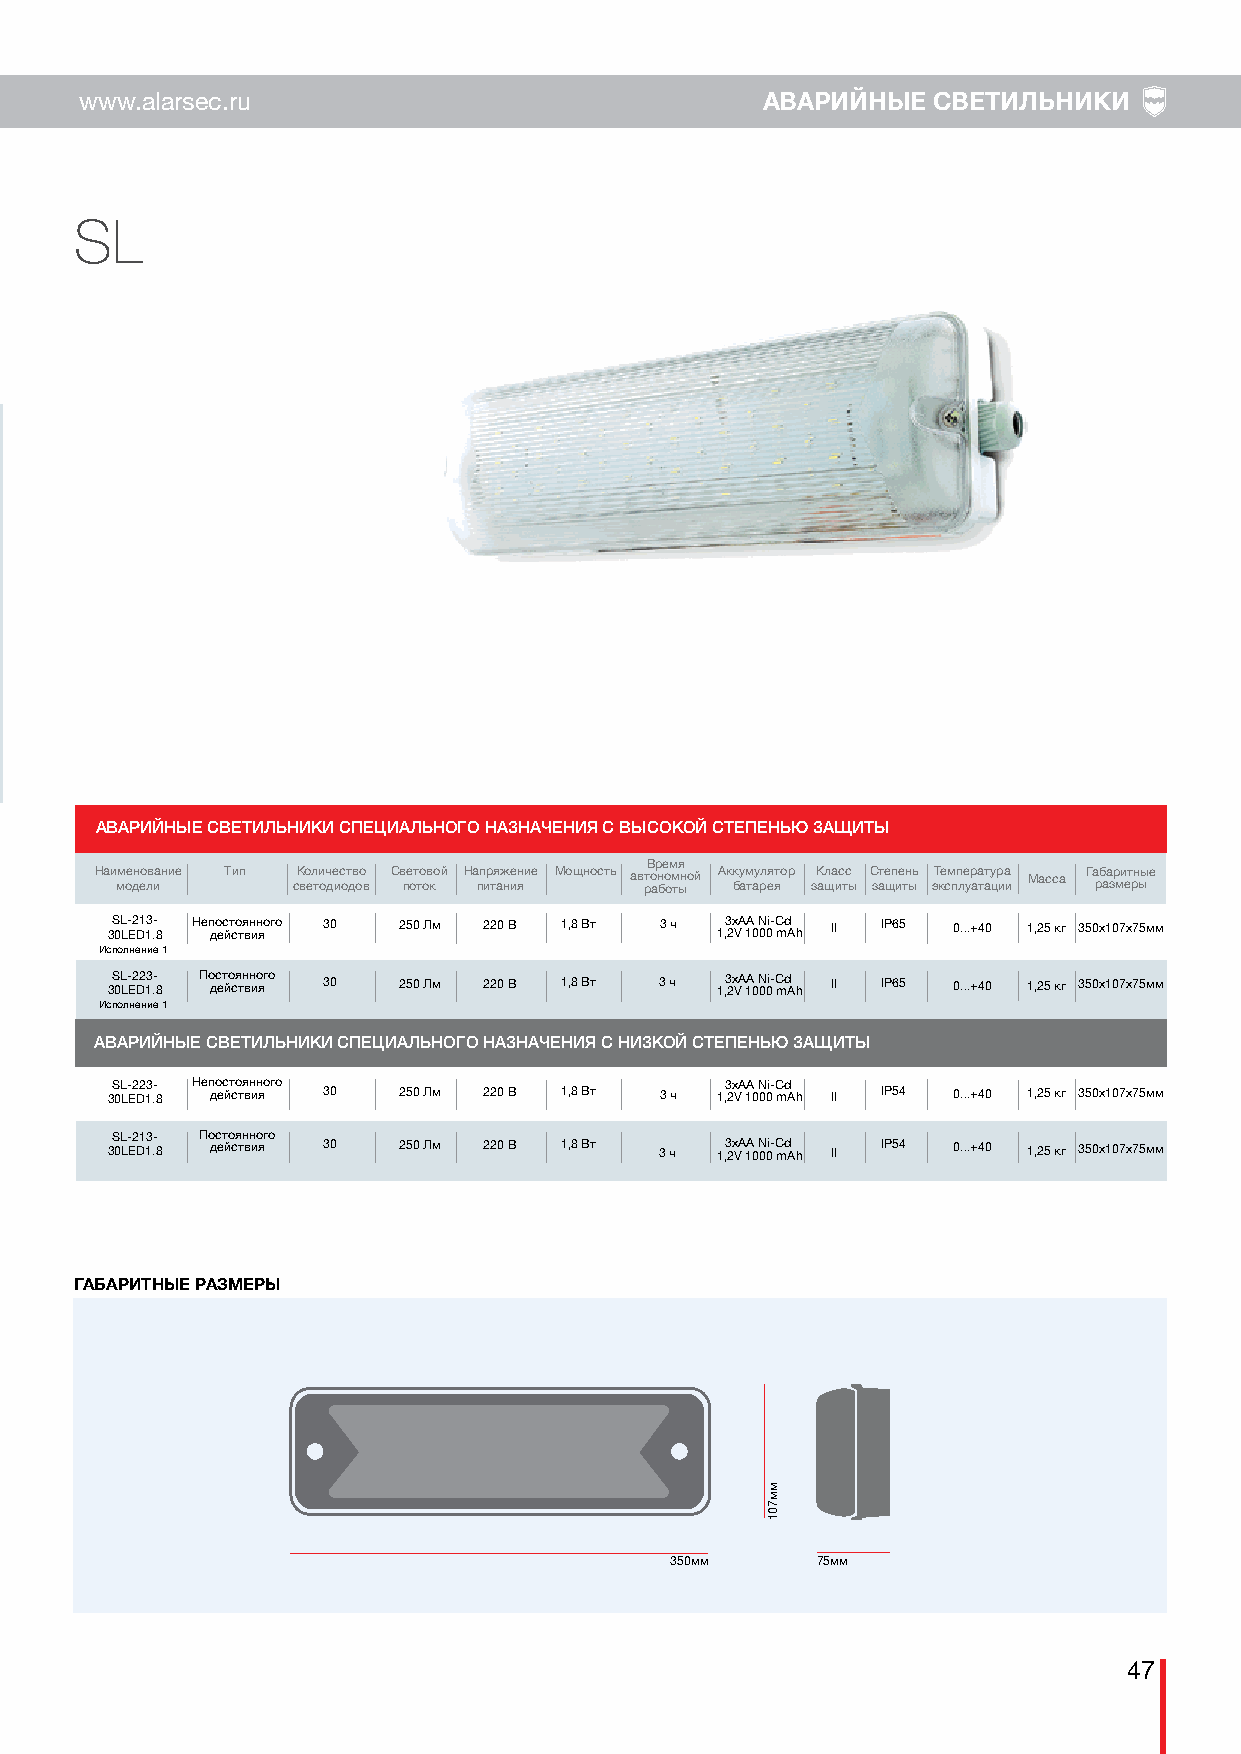
www.alarsec.ru                               АВАРИЙНЫЕ   СВЕТИЛЬНИКИ
 SL
 АВАРИЙНЫЕ СВЕТИЛЬНИКИ СПЕЦИАЛЬНОГО НАЗНАЧЕНИЯ С ВЫСОКОЙ СТЕПЕНЬЮ ЗАЩИТЫ
 Время
 Наи мм ое дн ео лв иание Тип сК во ел ти оч де ис от дв оо
 в
 Св пе от то ов ко й На пп ир тя аж не ин яи е Мощность авт ро ан бо ом тыной Ак бку ам тау рл ея ятор зК ащла ис тс
 ы
 С зате щп ие тн ыь эТ ке см пп ле ур аа тт ау цр иа
 и
 Масса Га рб аа зр ми ет рн ыые
 3S 0L L- E2 D1 13 .- 8 Неп до ес йт со тя вн ин яого 30 250 Лм 220 В 1,8 Вт 3 ч 1,3 2х VА 1А 0 N 00i- C md Ah II IP65 0...+40 1,25 кг 350х107х75мм
 Исполнение 1
 3S 0L L- E2 D2 13 .- 8 По дс ет йо ся тн вн ио яго 30 250 Лм 220 В 1,8 Вт 3 ч 1,3 2х VА 1А 0 N 00i- C md Ah II IP65 0...+40 1,25 кг 350х107х75мм
 Исполнение 1
 АВАРИЙНЫЕ СВЕТИЛЬНИКИ СПЕЦИАЛЬНОГО НАЗНАЧЕНИЯ С НИЗКОЙ СТЕПЕНЬЮ ЗАЩИТЫ
 3S 0L L- E2 D2 13 .- 8 Неп до ес йт со тя вн ин яого 30 250 Лм 220 В 1,8 Вт 3 ч 1,3 2х VА 1А 0 N 00i- C md Ah II IP54 0...+40 1,25 кг 350х107х75мм
 SL-213- Постоянного
 30LED1.8 действия 30 250 Лм 220 В 1,8 Вт 3 ч 1,3 2х VА 1А 0 N 00i- C md Ah II IP54 0...+40 1,25 кг 350х107х75мм
 ГАБАРИТНЫЕ РАЗМЕРЫ
 350мм     75мм
 47
 мм701